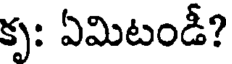
కృ: ఏమిటండీ?